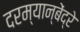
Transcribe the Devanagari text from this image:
दरम्यान्बेंद्रे